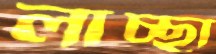
লাচ্ছা